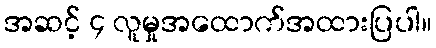
အဆင့် ၄ လူမှုအထောက်အထားပြပါ။